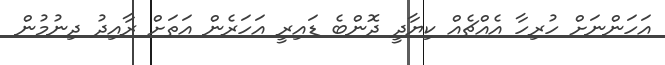
އަހަންނަށް ހުރިހާ އެއްޗެއް ކިޔާދީ ދޮންބެ ޑައިރީ އަހަރެން އަތަށް ރާއިދު ދިނުމުން